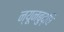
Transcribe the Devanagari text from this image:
न्यूनबुद्धि